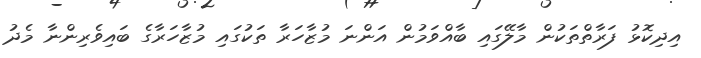
އިދިކޮޅު ފަރާތްތަކުން މާލޭގައި ބާއްވަމުން އަންނަ މުޒާހަރާ ތަކުގައި މުޒާހަރާގެ ބައިވެރިންނާ މެދު